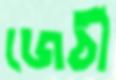
জেঠী